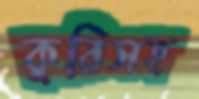
কুরিসহ